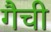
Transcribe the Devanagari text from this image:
गैची